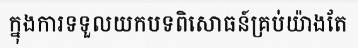
ក្នុងការទទួលយកបទពិសោធន៍គ្រប់យ៉ាងតែ